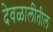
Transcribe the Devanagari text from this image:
देवळालीतील